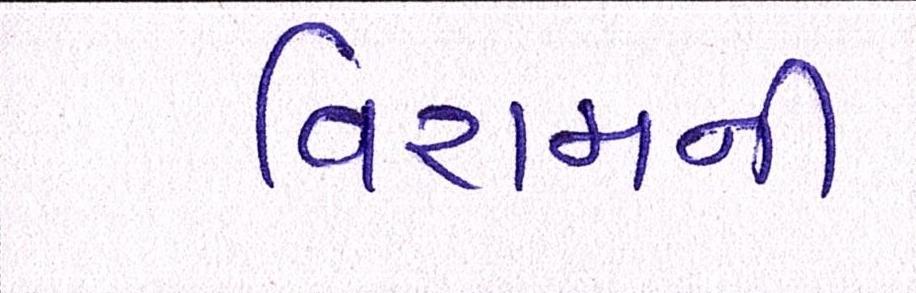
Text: વિરામની